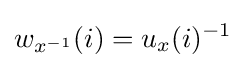
w_{x^{-1}}(i)=u_{x}(i)^{-1}